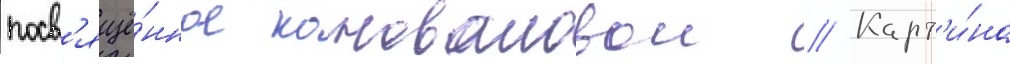
посв'ящё́нное коноваловои // Карт'и́на